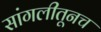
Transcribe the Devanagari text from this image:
सांगलीतूनच